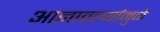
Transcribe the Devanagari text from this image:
आज्ञावल्यांमुळे